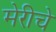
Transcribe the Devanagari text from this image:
मेरीचे